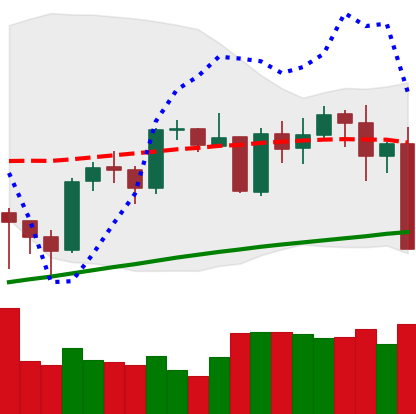
Ticker: BTC-USD
Chart end date: 2021-05-12
Forward return: -11.42%
Label: down_7plus